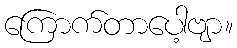
ကြောက်တာပေါ့ဗျာ။